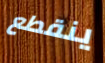
ينقطع